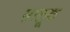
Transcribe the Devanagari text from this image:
सालूक